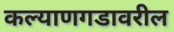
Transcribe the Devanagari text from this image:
कल्याणगडावरील